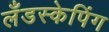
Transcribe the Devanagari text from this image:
लँडस्केपिंग